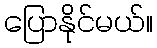
ပြောနိုင်မယ်။